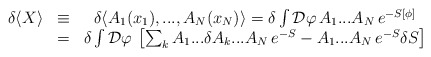
\begin{align*}\begin{array}{ccc}\delta \langle X\rangle & \equiv & \delta \langle A_{1}(x_{1}),...,A_{N}(x_{N})\rangle =\delta \int {\cal D}\varphi \, A_{1}...A_{N}\, e^{-S[\phi ]}\\ & = & \delta \int {\cal D}\varphi \, \left[ \sum _{k}A_{1}...\delta A_{k}...A_{N}\, e^{-S}-A_{1}...A_{N}\, e^{-S}\delta S\right] \end{array}\end{align*}